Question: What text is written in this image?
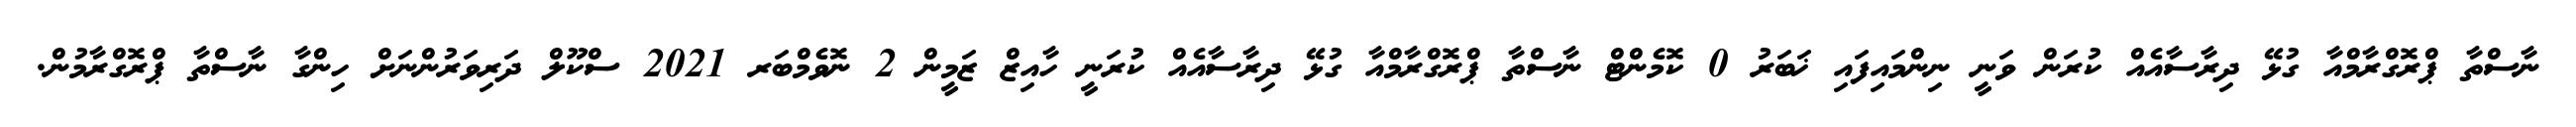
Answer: ނާސްތާ ޕްރޮގްރާމްއާ ގުޅޭ ދިރާސާއެއް ކުރަން ވަނީ ނިންމައިފައި ޚަބަރު 0 ކޮމެންޓް ނާސްތާ ޕްރޮގްރާމްއާ ގުޅޭ ދިރާސާއެއް ކުރަނީ ހާއިޒް ޒަމީން 2 ނޮވެމްބަރ 2021 ސްކޫލް ދަރިވަރުންނަށް ހިންގާ ނާސްތާ ޕްރޮގްރާމުން.